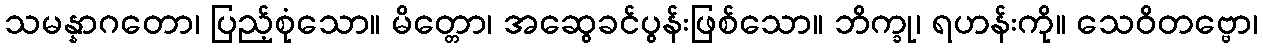
သမန္နာဂတော၊ ပြည့်စုံသော။ မိတ္တော၊ အဆွေခင်ပွန်းဖြစ်သော။ ဘိက္ခု၊ ရဟန်းကို။ သေဝိတဗ္ဗော၊